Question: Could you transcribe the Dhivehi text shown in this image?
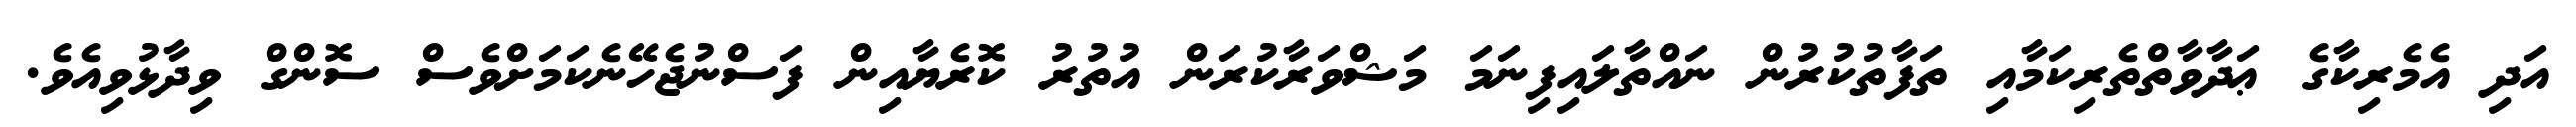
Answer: އަދި އެމެރިކާގެ ޢަދާވާތްތެރިކަމާއި ތަފާތުކުރުން ނައްތާލައިފިނަމަ މަޝްވަރާކުރަން އުތުރު ކޮރެޔާއިން ފަސްނުޖެހޭނެކަމަށްވެސް ސޮންގް ވިދާޅުވިއެވެ.